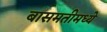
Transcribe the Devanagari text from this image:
बासमतीमध्ये